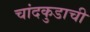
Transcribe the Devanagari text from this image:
चांदकुडाची